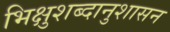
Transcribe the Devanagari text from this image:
भिक्षुशब्दानुशासन